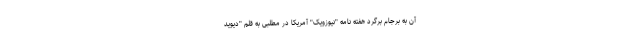
آن به برجام برگرد هفته نامه "نیوزویک" آمریکا در مطلبی به قلم "دیوید